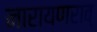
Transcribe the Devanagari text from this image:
नारायणराव्